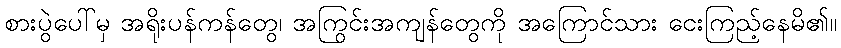
စားပွဲပေါ်မှ အရိုးပန်ကန်တွေ၊ အကြွင်းအကျန်တွေကို အကြောင်သား ငေးကြည့်နေမိ၏။